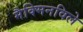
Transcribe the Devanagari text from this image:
मैक्मिनविले